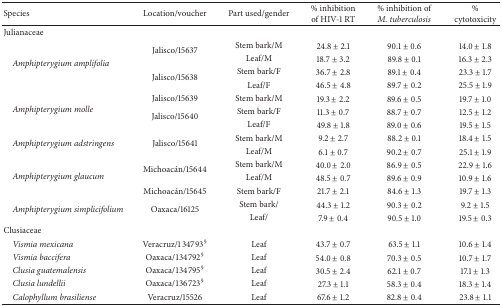
<table><thead><tr><td><b>Species</b></td><td><b>Location/voucher</b></td><td><b>Part used/gender</b></td><td><b>% inhibition of HIV-1 RT</b></td><td><b>% inhibition of<i>M. tuberculosis </i></b></td><td><b>% cytotoxicity</b></td></tr></thead><tbody><tr><td>Julianaceae</td><td> </td><td> </td><td> </td><td> </td><td> </td></tr><tr><td rowspan="4"> <i>Amphipterygium amplifolia </i></td><td rowspan="2">Jalisco/15637</td><td>Stem bark/M</td><td>24.8 ± 2.1</td><td>90.1 ± 0.6</td><td>14.0 ± 1.8</td></tr><tr><td>Leaf/M</td><td>18.7 ± 3.2</td><td>89.8 ± 0.1</td><td>16.3 ± 2.3</td></tr><tr><td rowspan="2">Jalisco/15638</td><td>Stem bark/F</td><td>36.7 ± 2.8</td><td>89.1 ± 0.4 </td><td>23.3 ± 1.7</td></tr><tr><td>Leaf/F</td><td>46.5 ± 4.8</td><td>89.7 ± 0.2</td><td>25.5 ± 1.9</td></tr><tr><td rowspan="3"> <i>Amphipterygium molle </i></td><td>Jalisco/15639</td><td>Stem bark/M</td><td>19.3 ± 2.2</td><td>89.6 ± 0.5</td><td>19.7 ± 1.0</td></tr><tr><td rowspan="2">Jalisco/15640</td><td>Stem bark/F</td><td>11.3 ± 0.7</td><td>88.7 ± 0.7</td><td>12.5 ± 1.2</td></tr><tr><td>Leaf/F</td><td>49.8 ± 1.8</td><td>89.0 ± 0.6</td><td>19.5 ± 1.5</td></tr><tr><td rowspan="2"> <i>Amphipterygium adstringens </i></td><td rowspan="2">Jalisco/15641</td><td>Stem bark/M</td><td>9.2 ± 2.7</td><td>88.2 ± 0.1</td><td>18.4 ± 1.5</td></tr><tr><td>Leaf/M</td><td>6.1 ± 0.7</td><td>90.2 ± 0.7</td><td>25.1 ± 1.9</td></tr><tr><td rowspan="3"> <i>Amphipterygium glaucum </i></td><td rowspan="2">Michoacán/15644</td><td>Stem bark/M</td><td>40.0 ± 2.0</td><td>86.9 ± 0.5</td><td>22.9 ± 1.6</td></tr><tr><td>Leaf/M</td><td>48.5 ± 0.7</td><td>89.6 ± 0.9</td><td>10.9 ± 1.6</td></tr><tr><td>Michoacán/15645</td><td>Stem bark/F</td><td>21.7 ± 2.1</td><td>84.6 ± 1.3</td><td>19.7 ± 1.3</td></tr><tr><td rowspan="2"> <i>Amphipterygium simplicifolium </i></td><td rowspan="2">Oaxaca/16125</td><td>Stem bark/</td><td>44.3 ± 1.2</td><td>90.3 ± 0.2</td><td>9.2 ± 1.5</td></tr><tr><td>Leaf/</td><td>7.9 ± 0.4</td><td>90.5 ± 1.0</td><td>19.5 ± 0.3</td></tr><tr><td>Clusiaceae</td><td> </td><td> </td><td> </td><td> </td><td> </td></tr><tr><td> <i>Vismia mexicana </i></td><td>Veracruz/134793<sup>§</sup></td><td>Leaf</td><td>43.7 ± 0.7</td><td>63.5 ± 1.1</td><td>10.6 ± 1.4</td></tr><tr><td> <i>Vismia baccifera </i></td><td>Oaxaca/134792<sup>§</sup></td><td>Leaf</td><td>54.0 ± 0.8</td><td>70.3 ± 0.5</td><td>10.7 ± 1.7</td></tr><tr><td> <i>Clusia guatemalensis </i></td><td>Oaxaca/134795<sup>§</sup></td><td>Leaf</td><td>30.5 ± 2.4</td><td>62.1 ± 0.7</td><td>17.1 ± 1.3</td></tr><tr><td> <i>Clusia lundellii </i></td><td>Oaxaca/136723<sup>§</sup></td><td>Leaf</td><td>27.3 ± 1.1</td><td>58.3 ± 0.4</td><td>18.3 ± 1.4</td></tr><tr><td> <i>Calophyllum brasiliense </i></td><td>Veracruz/15526</td><td>Leaf</td><td>67.6 ± 1.2</td><td>82.8 ± 0.4</td><td>23.8 ± 1.1</td></tr></tbody></table>